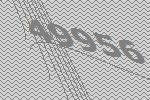
49956